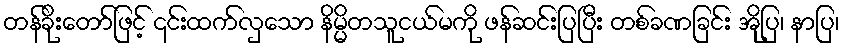
တန်ခိုးတော်ဖြင့် ၎င်းထက်လှသော နိမ္မိတသူငယ်မကို ဖန်ဆင်းပြပြီး တစ်ခဏခြင်း အိုပြ၊ နာပြ၊